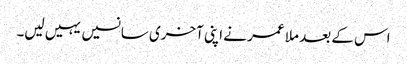
اس کے بعد ملا عمر نے اپنی آخری سانسیں یہیں لیں۔